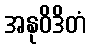
အနုဝိဒိတံ